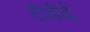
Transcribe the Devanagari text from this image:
टीडीई